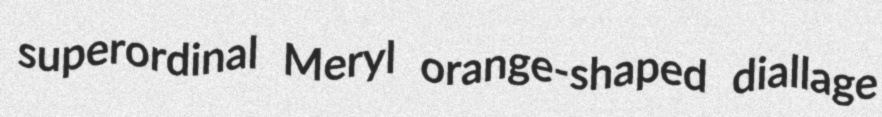
superordinal Meryl orange-shaped diallage